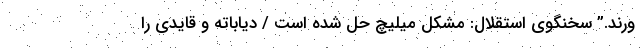
ورند.” سخنگوی استقلال: مشکل میلیچ حل شده است / دیاباته و قایدی را